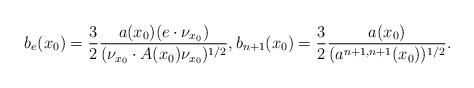
LaTeX: \begin{align*}b_e(x_0)=\frac{3}{2}\frac{a(x_0)(e\cdot \nu_{x_0})}{(\nu_{x_0}\cdot A(x_0)\nu_{x_0})^{1/2}},b_{n+1}(x_0)=\frac{3}{2} \frac{a(x_0)}{(a^{n+1,n+1}(x_0))^{1/2}}.\end{align*}